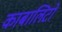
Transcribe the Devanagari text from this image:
काबालिटो